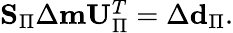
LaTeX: \begin{array}{r}{\mathbf{S}_{\Pi}\Delta\mathbf{m}\mathbf{U}_{\Pi}^{T}=\Delta\mathbf{d}_{\Pi}.}\end{array}